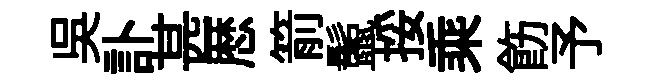
吴訃甚厯箭鬛挼乘飭予